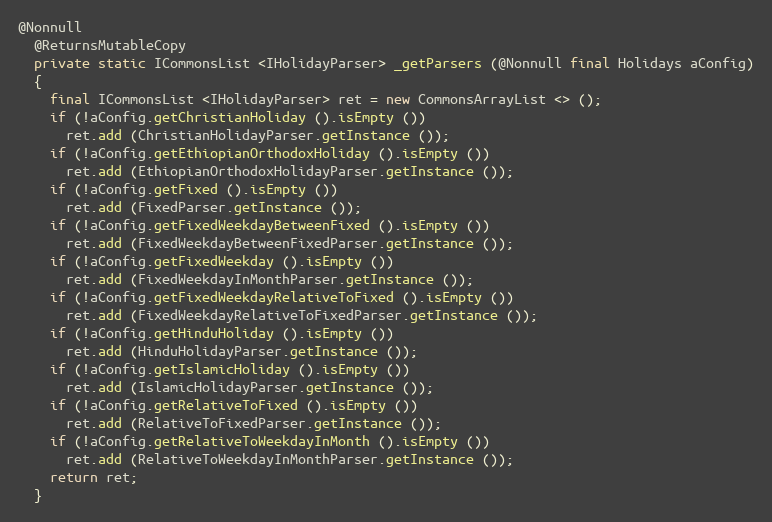
Language: Java
@Nonnull
  @ReturnsMutableCopy
  private static ICommonsList <IHolidayParser> _getParsers (@Nonnull final Holidays aConfig)
  {
    final ICommonsList <IHolidayParser> ret = new CommonsArrayList <> ();
    if (!aConfig.getChristianHoliday ().isEmpty ())
      ret.add (ChristianHolidayParser.getInstance ());
    if (!aConfig.getEthiopianOrthodoxHoliday ().isEmpty ())
      ret.add (EthiopianOrthodoxHolidayParser.getInstance ());
    if (!aConfig.getFixed ().isEmpty ())
      ret.add (FixedParser.getInstance ());
    if (!aConfig.getFixedWeekdayBetweenFixed ().isEmpty ())
      ret.add (FixedWeekdayBetweenFixedParser.getInstance ());
    if (!aConfig.getFixedWeekday ().isEmpty ())
      ret.add (FixedWeekdayInMonthParser.getInstance ());
    if (!aConfig.getFixedWeekdayRelativeToFixed ().isEmpty ())
      ret.add (FixedWeekdayRelativeToFixedParser.getInstance ());
    if (!aConfig.getHinduHoliday ().isEmpty ())
      ret.add (HinduHolidayParser.getInstance ());
    if (!aConfig.getIslamicHoliday ().isEmpty ())
      ret.add (IslamicHolidayParser.getInstance ());
    if (!aConfig.getRelativeToFixed ().isEmpty ())
      ret.add (RelativeToFixedParser.getInstance ());
    if (!aConfig.getRelativeToWeekdayInMonth ().isEmpty ())
      ret.add (RelativeToWeekdayInMonthParser.getInstance ());
    return ret;
  }